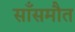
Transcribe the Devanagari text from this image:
साँसमौत